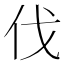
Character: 伐